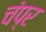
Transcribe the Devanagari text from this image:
चंप्र